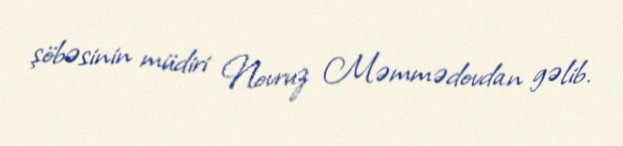
şöbəsinin müdiri Novruz Məmmədovdan gəlib.